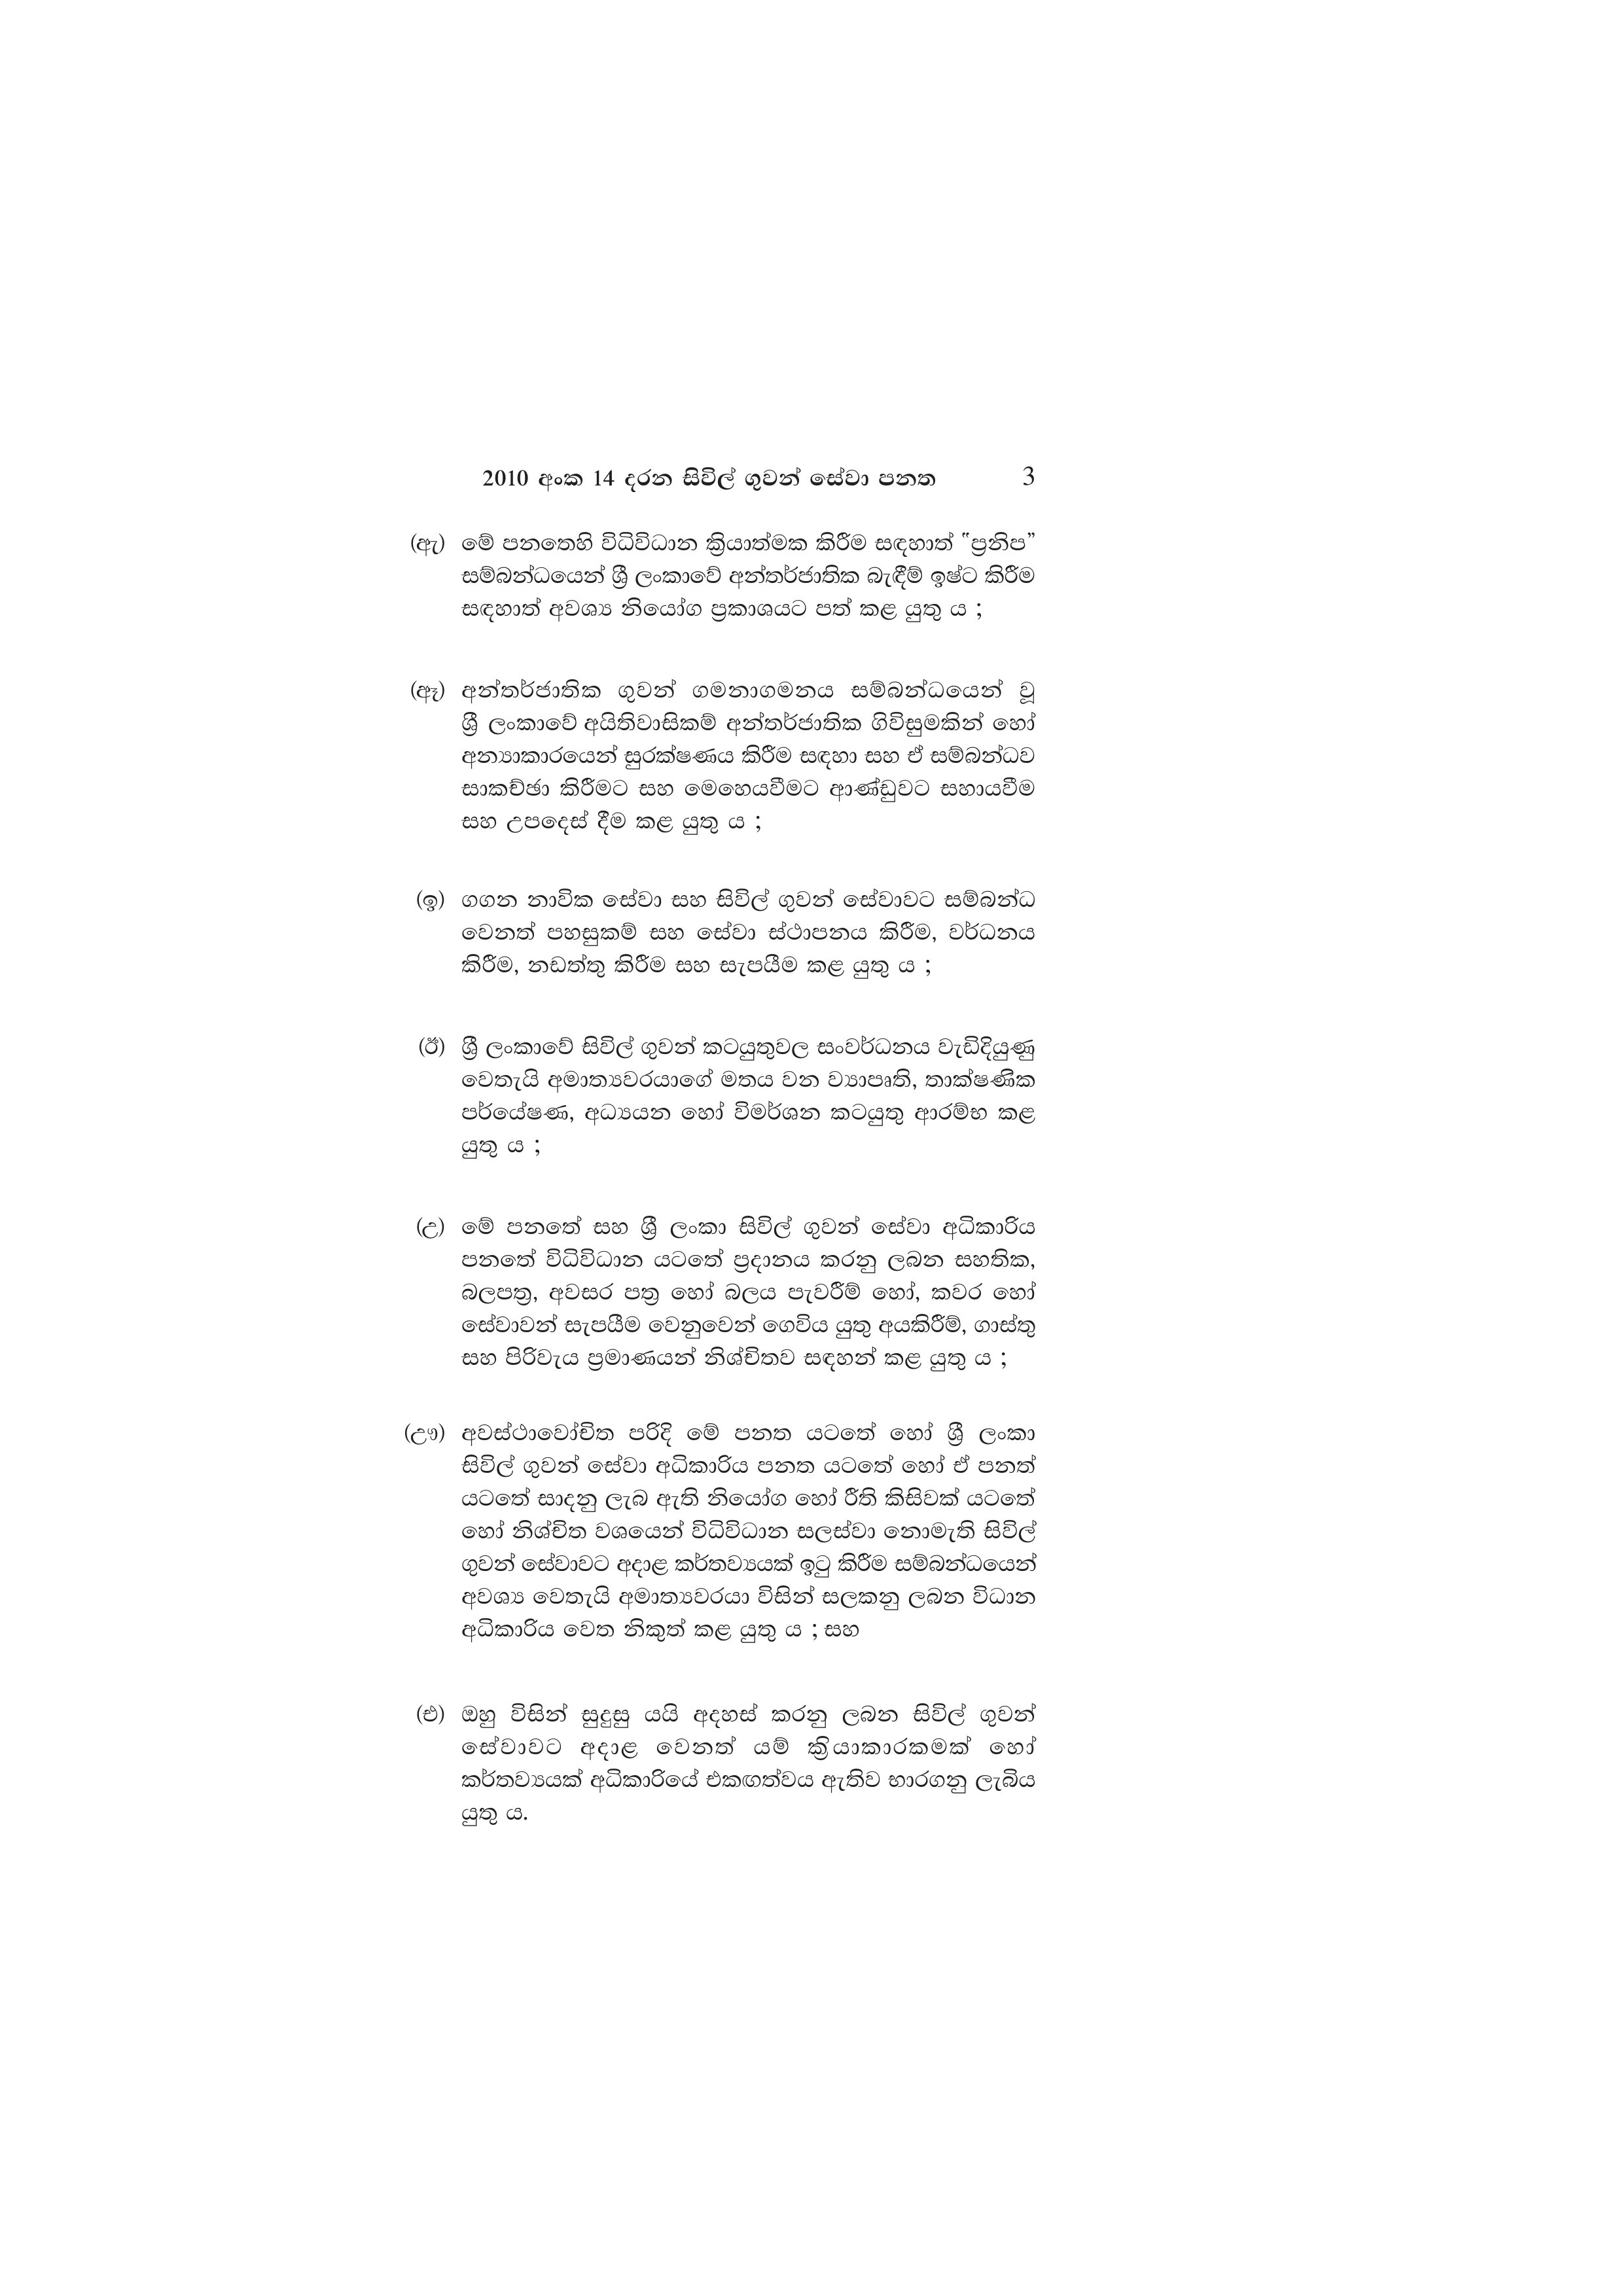
2010 අංක 14 දරන සිවිල් ගුවන් සේවා පනත  3

(ඇ) මේ පනතෙහි විධිවිධාන ක්‍රියාත්මක කිරීම සඳහාත් "ප්‍රනිප”
සම්බන්ධයෙන් ශ්‍රී ලංකාවේ අන්තර්ජාතික බැඳීම් ඉෂ්ට කිරීම
සඳහාත් අවශ්‍ය නියෝග ප්‍රකාශයට පත් කළ යුතු ය ;

(ඈ) අන්තර්ජාතික ගුවන් ගමනාගමනය සම්බන්ධයෙන් වූ
ශ්‍රී ලංකාවේ අයිතිවාසිකම් අන්තර්ජාතික ගිවිසුමකින්
අන්‍යාකාරයෙන් සුරක්ෂණය කිරීම සඳහා සහ ඒ සම්බන්ධව
සාකච්ඡා කිරීමට සහ මෙහෙයවීමට ආණ්ඩුවට සහායවීම
සහ උපදෙස් දීම කළ යුතු ය ;

(ඉ) ගගන නාවික සේවා සහ සිවිල් ගුවන් සේවාවට සම්බන්ධ
වෙනත් පහසුකම් සහ සේවා ස්ථාපනය කිරීම, වර්ධනය
කිරීම, නඩත්තු කිරීම සහ සැපයීම කළ යුතු ය ;

(ඊ) ශ්‍රී ලංකාවේ සිවිල් ගුවන් කටයුතුවල සංවර්ධනය වැඩිදියුණු
වෙතැයි අමාත්‍යවරයාගේ මතය වන ව්‍යාපෘති, තාක්ෂණික
පර්යේෂණ, අධ්‍යයන හෝ විමර්ශන කටයුතු ආරම්භ කළ
යුතු ය ;

(උ) මේ පනතේ සහ ශ්‍රී ලංකා සිවිල් ගුවන් සේවා අධිකාරිය
පනතේ විධිවිධාන යටතේ ප්‍රදානය කරනු ලබන සහතික,
බලපත්‍ර, අවසර පත්‍ර හෝ බලය පැවරීම් හෝ, කවර හෝ
සේවාවන් සැපයීම වෙනුවෙන් ගෙවිය යුතු අයකිරීම්, ගාස්තු
සහ පිරිවැය ප්‍රමාණයන් නිශ්චිතව සඳහන් කළ යුතු ය ;

(ඌ) අවස්ථාවෝචිත පරිදි මේ පනත යටතේ හෝ ශ්‍රී ලංකා
සිවිල් ගුවන් සේවා අධිකාරිය පනත යටතේ හෝ ඒ පනත්
යටතේ සාදනු ලැබ ඇති නියෝග හෝ රීති කිසිවක් යටතේ
හෝ නිශ්චිත වශයෙන් විධිවිධාන සලස්වා නොමැති සිවිල්
ගුවන් සේවාවට අදාළ කර්තව්‍යයක් ඉටු කිරීම සම්බන්ධයෙන්
අවශ්‍ය වෙතැයි අමාත්‍යවරයා විසින් සලකනු ලබන විධාන
අධිකාරිය වෙත නිකුත් කළ යුතු ය ; සහ

(එ) ඔහු විසින් සුදුසු යයි අදහස් කරනු ලබන සිවිල් ගුවන්
සේවාවට අදාළ වෙනත් යම් ක්‍රියාකාරකමක් හෝ
කර්තව්‍යයක් අධිකාරියේ එකඟත්වය ඇතිව භාරගනු ලැබිය
යුතු ය.